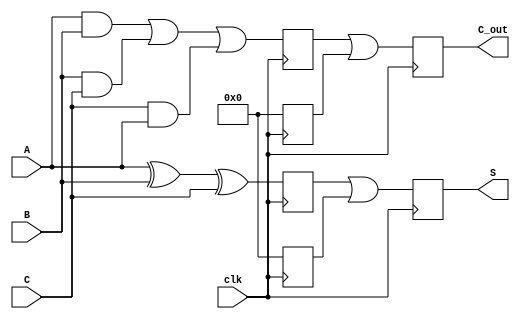
module DynamicCarrySaveAdder(
    input wire clk,          // Clock signal for dynamic logic
    input wire [N-1:0] A,   // First input
    input wire [N-1:0] B,   // Second input
    input wire [N-1:0] C,   // Third input
    output reg [N-1:0] S,   // Sum output
    output reg [N-1:0] C_out // Carry output
);
    parameter N = 8; // Width of the inputs and outputs

    // Internal signals for dynamic logic
    reg [N-1:0] precharge_S, precharge_C;
    reg [N-1:0] eval_S, eval_C;

    // Precharge phase
    always @(posedge clk) begin
        precharge_S <= {N{1'b0}}; // Precharge sum to 0
        precharge_C <= {N{1'b0}}; // Precharge carry to 0
    end

    // Evaluate phase
    always @(posedge clk) begin
        // Dynamic logic for sum and carry
        eval_S <= A ^ B ^ C; // Sum is the XOR of inputs
        eval_C <= (A & B) | (B & C) | (C & A); // Carry is the OR of ANDs

        // Assigning evaluated values to outputs
        S <= eval_S | precharge_S; // Final sum output
        C_out <= eval_C | precharge_C; // Final carry output
    end
endmodule